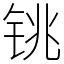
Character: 铫